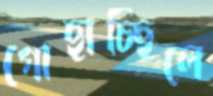
গোছাচ্ছিলে